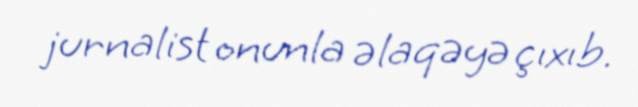
jurnalist onunla əlaqəyə çıxıb.